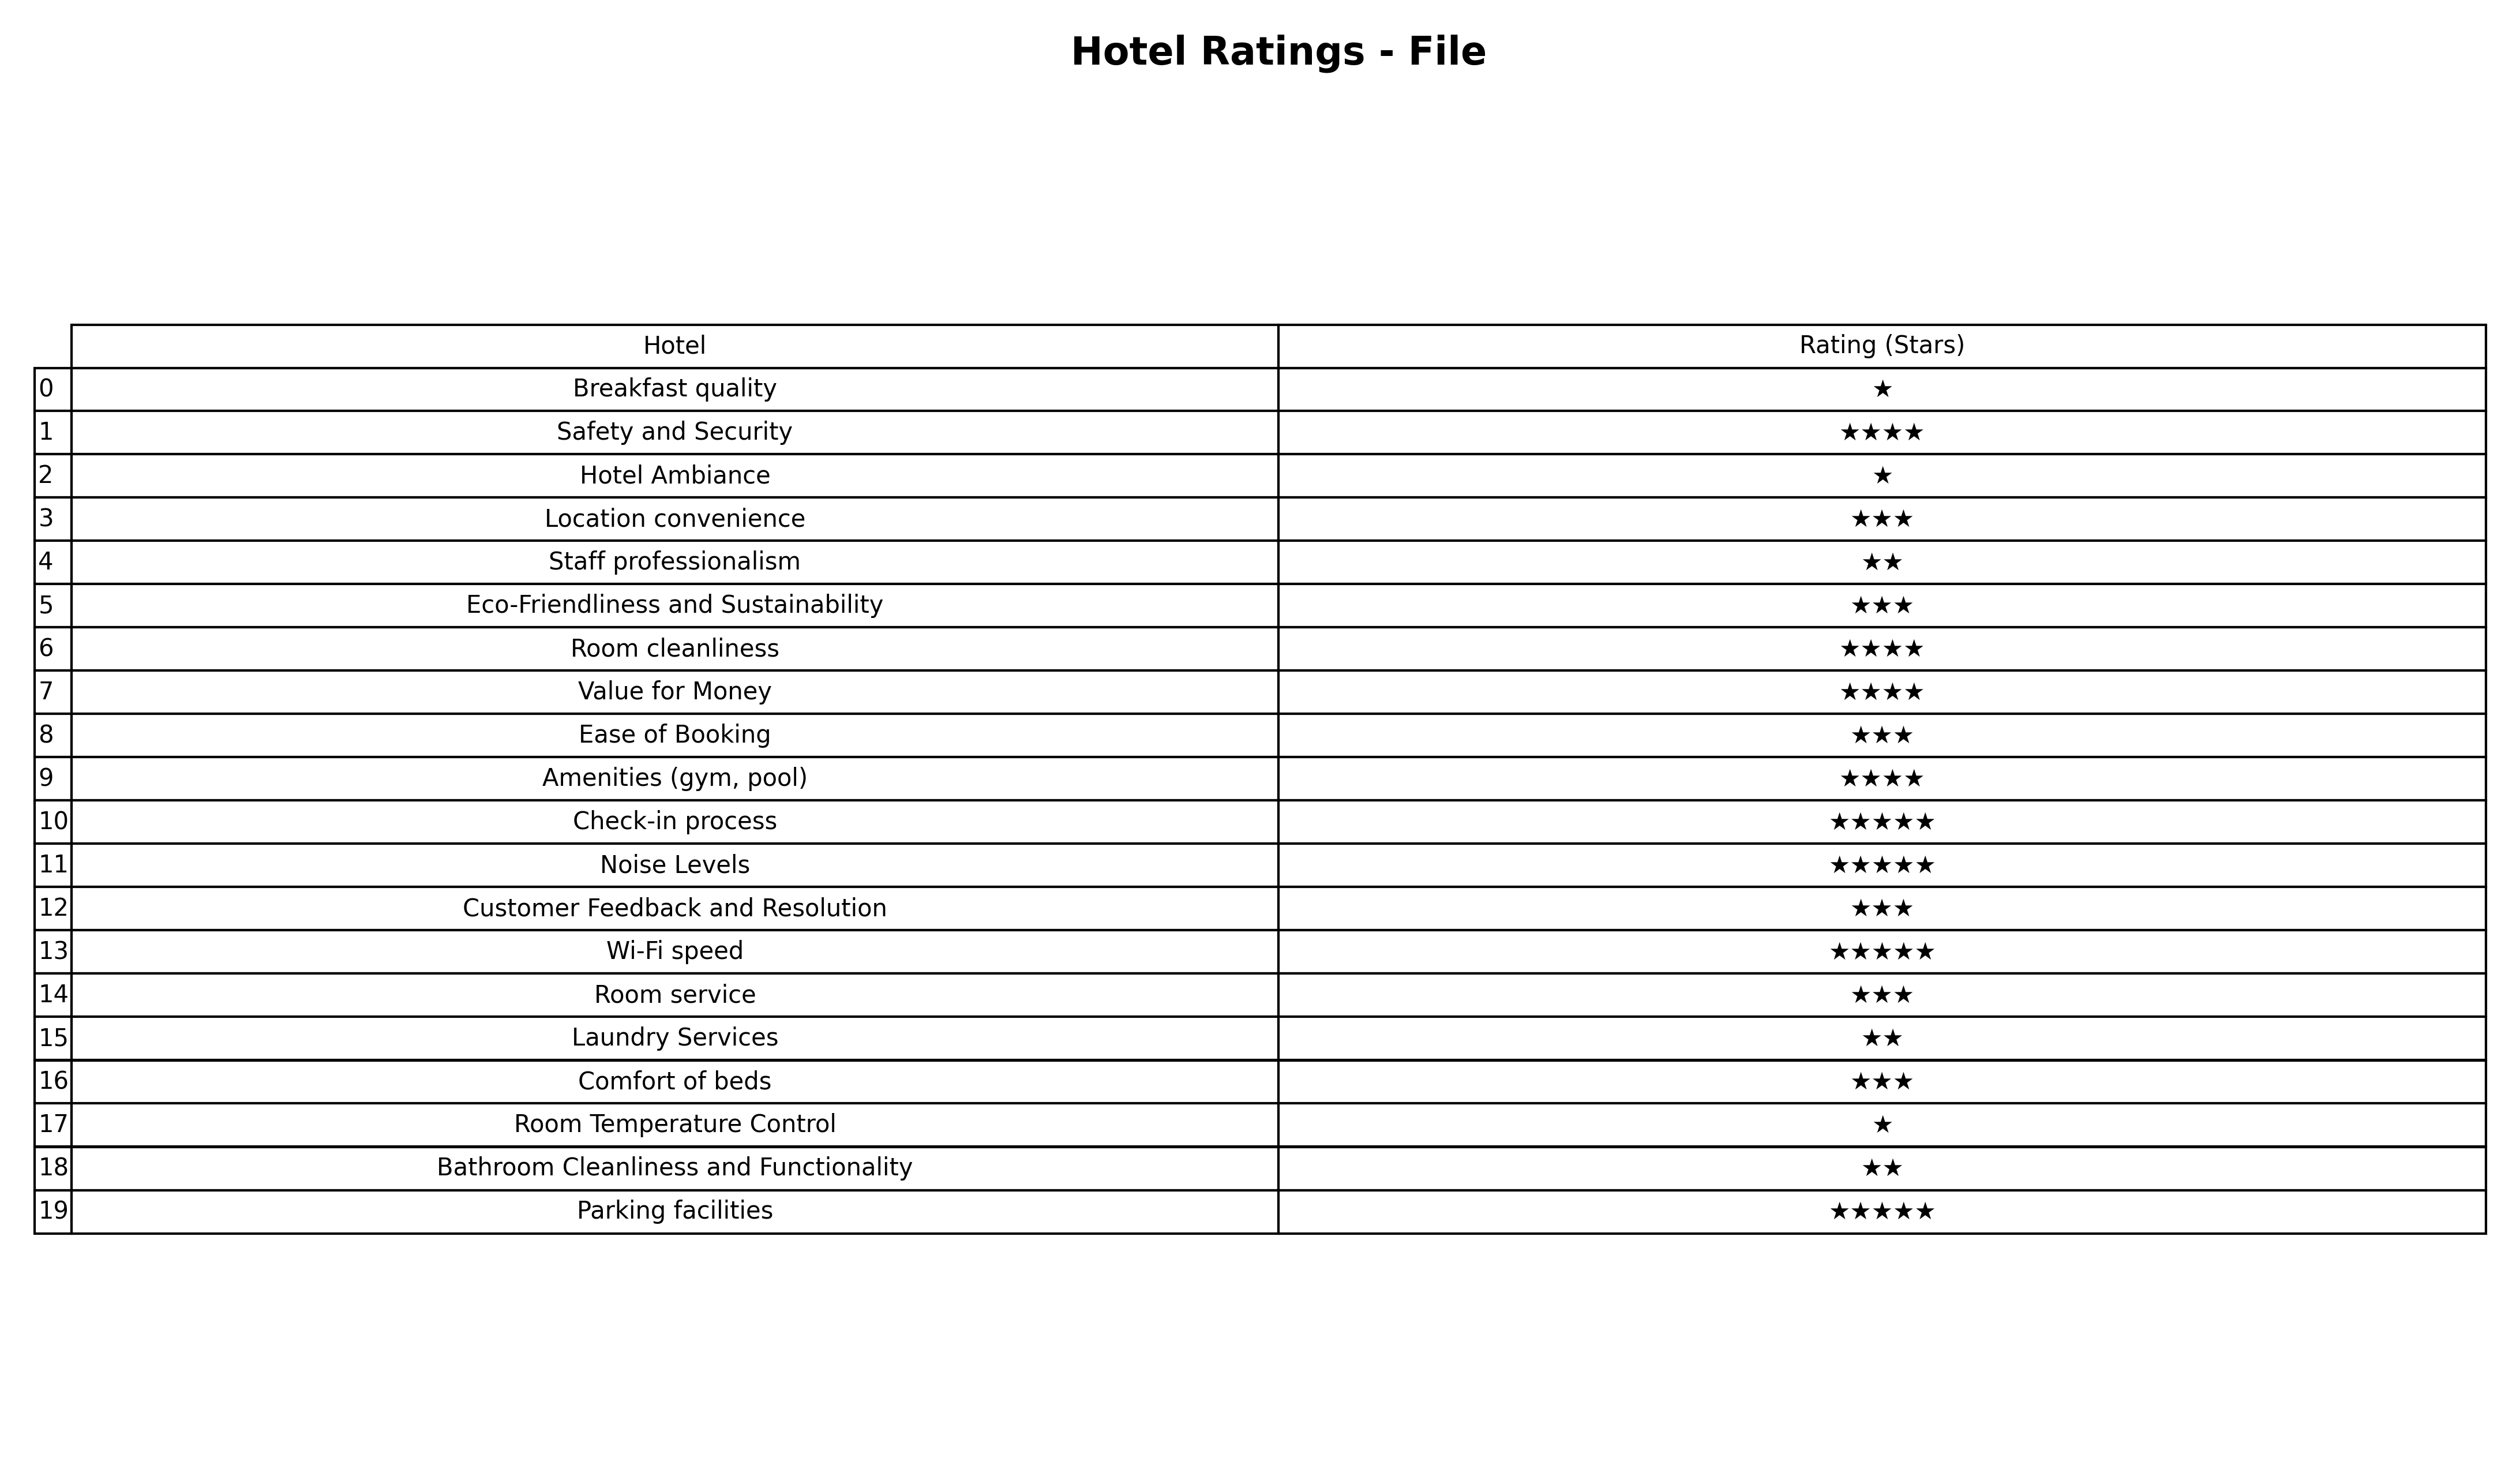
question: What are three star services?
answer: Location convenienceEco-Friendliness and SustainabilityEase of BookingCustomer Feedback and ResolutionRoom serviceComfort of beds